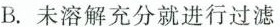
B.未溶解充分就进行过滤